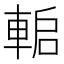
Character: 𨌋